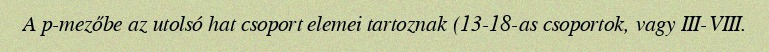
A p-mezőbe az utolsó hat csoport elemei tartoznak (13-18-as csoportok, vagy III-VIII.